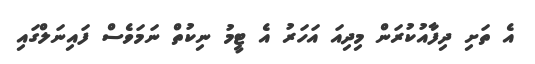
އެ ތަށި ދިފާއުކުރަން މިދިއަ އަހަރު އެ ޓީމު ނިކުތް ނަމަވެސް ފައިނަލްގައި